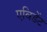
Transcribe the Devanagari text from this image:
एविडेंट